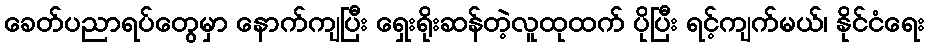
ခေတ်ပညာရပ်တွေမှာ နောက်ကျပြီး ရှေးရိုးဆန်တဲ့လူထုထက် ပိုပြီး ရင့်ကျက်မယ်၊ နိုင်ငံရေး